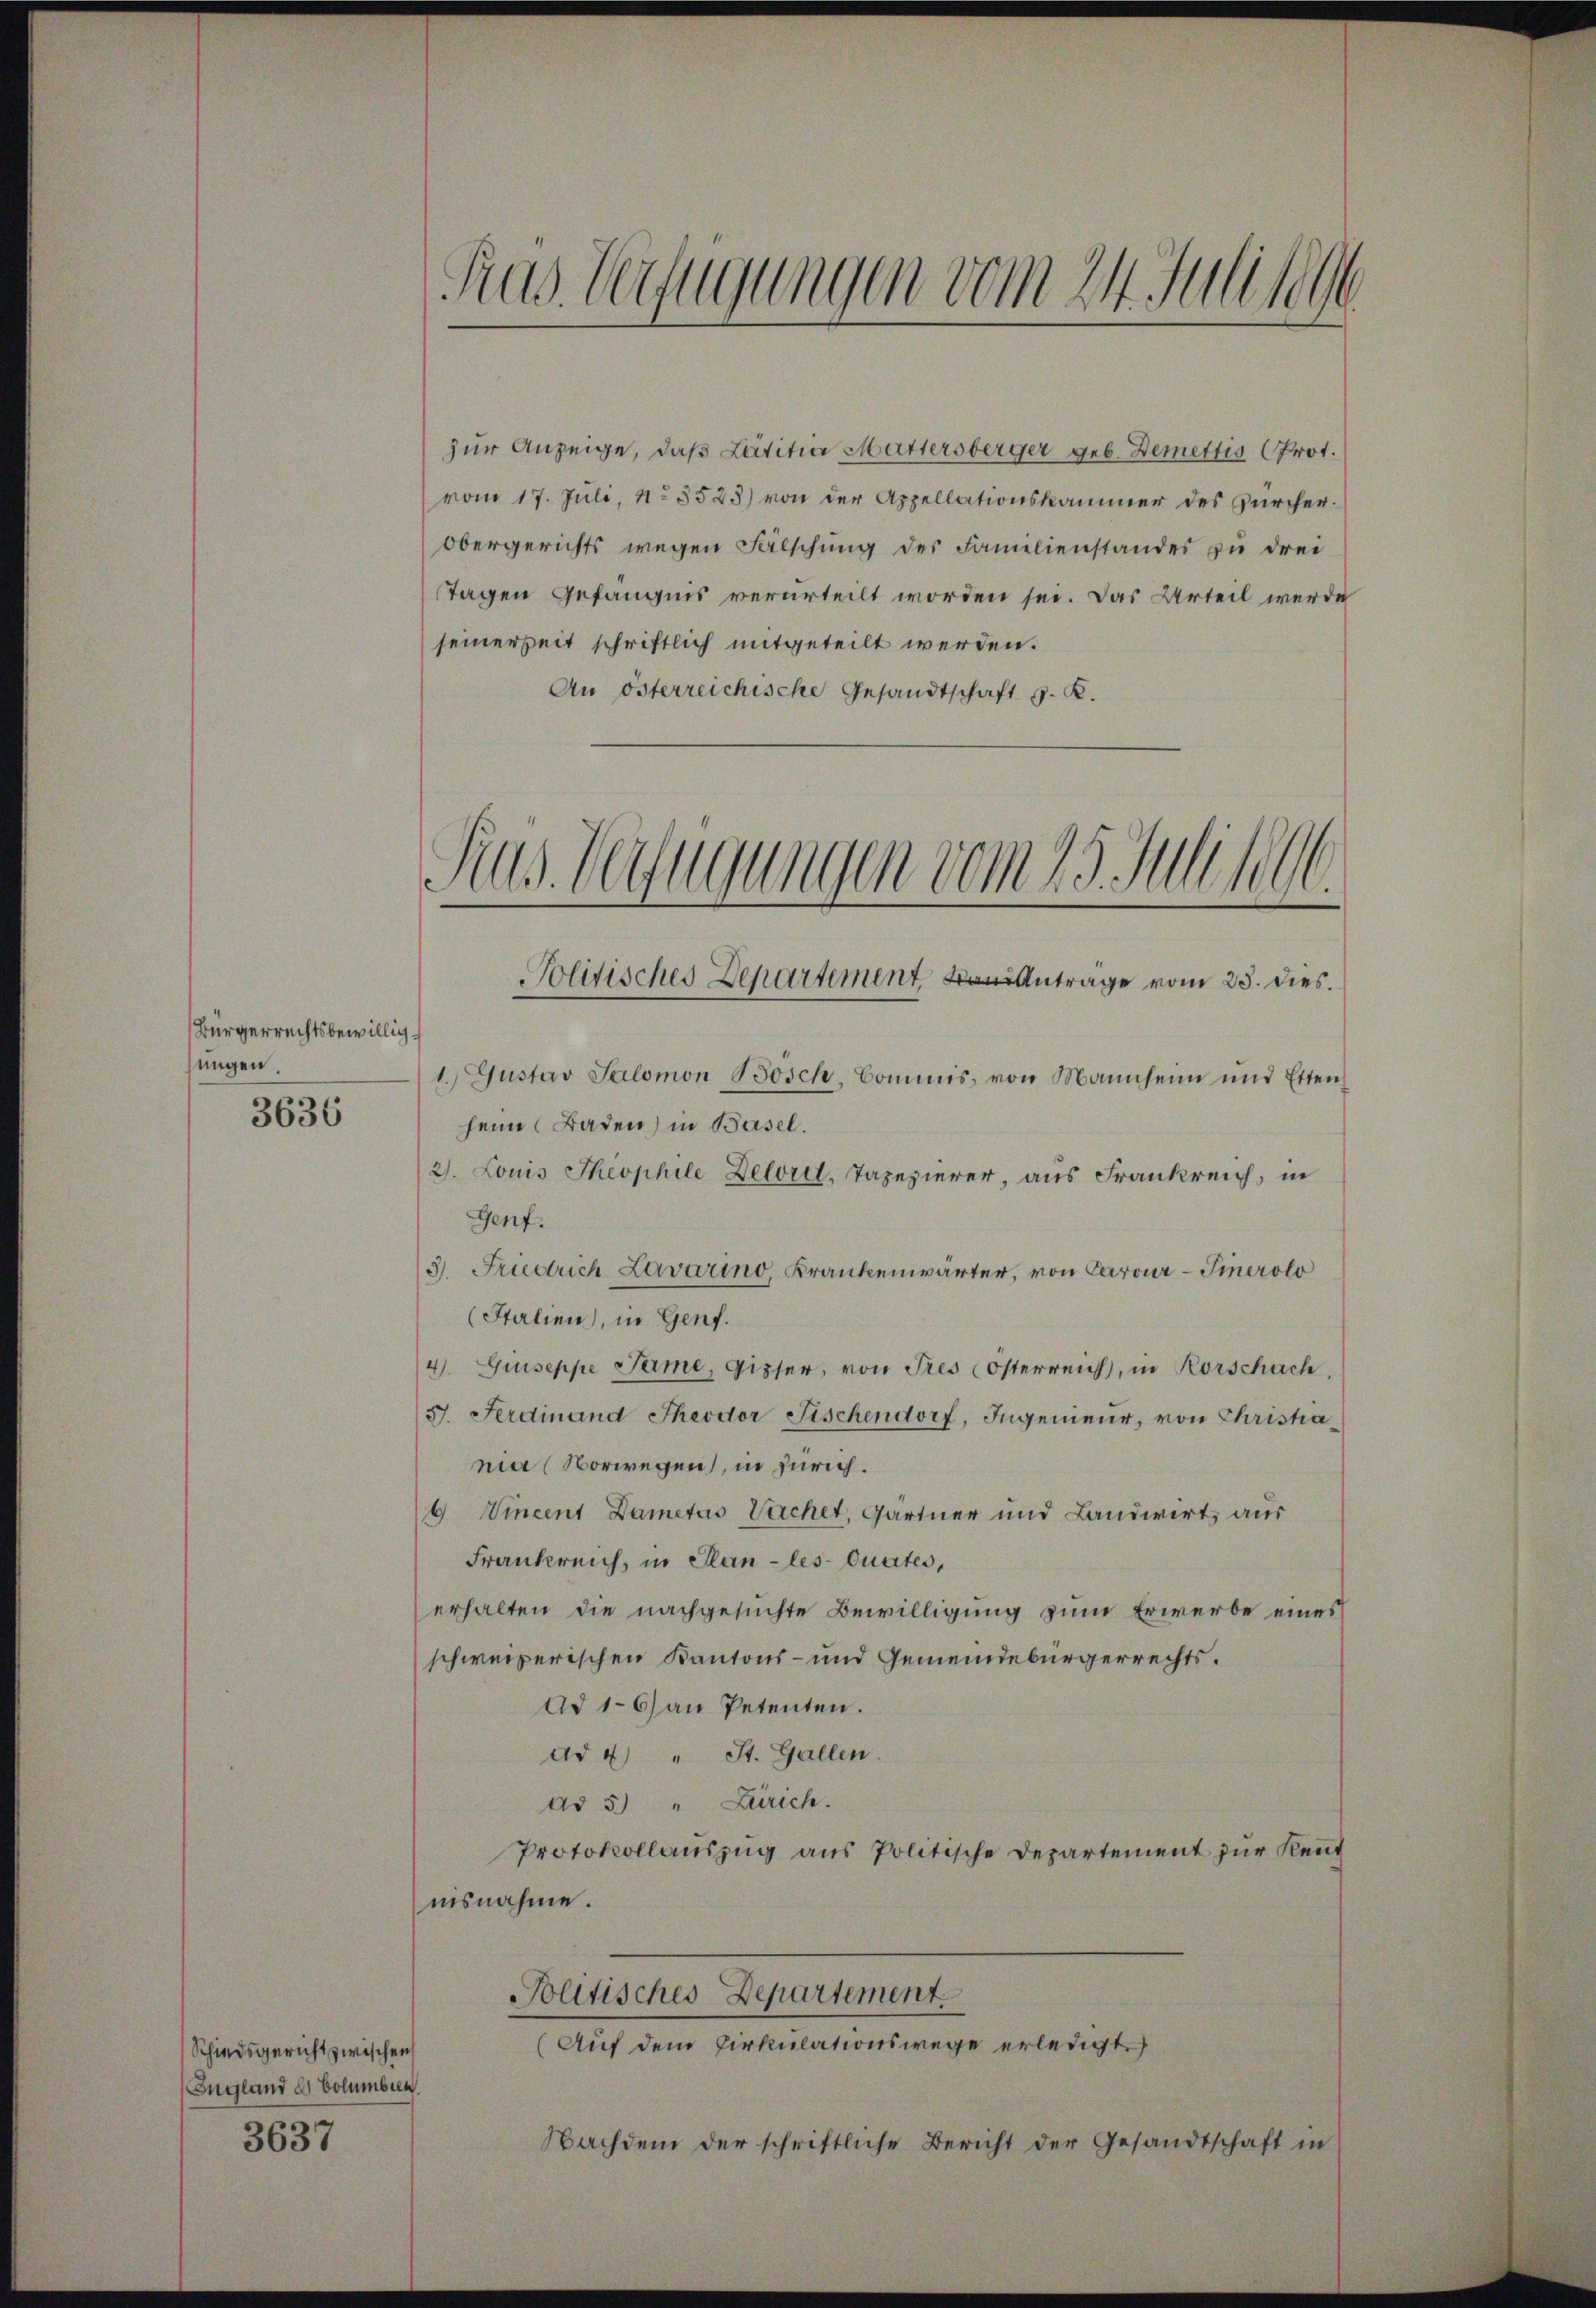
Bürgerrechtsbewillig
nügen.
3636

Schiedsgericht zwischen
England des Columben
3637

Fras. Verfügungen vom 24. Juli 1890

zur Anzeige, daß Latitia Mattersberger geb. Demettis Prot.
vom 17. Juli, 11. 8523) von der Appellationskammer des Zürcher¬
Obergerichts wegen Fälschung des Familienstandes zu drei
Tagen Gefängnis verurteilt worden sei. Das Urteil werde
seinerseit schriftlich mitgeteilt werden.
An österreichische Gesandtschaft G. K.
Politisches Departement Anträge vom 23. dies
1. Gustav Salomon Bosch, Commis, von Mannheim und Etten
heim Baden) in Basel.
2). Louis Theophile Delorel, Tapezierer, aus Frankreich, in
Genf.
3. Friedrich Lavarino, Krankenwärter, von Carour-Tinerolo
(Italien, in Genf.
4. Guiseppe Jame, Gipser, von Tres Österreich, in Rorschach,
J. Ferdinand Theodor Fischendorf, Ingenieur, von Christania (Vorwegen, in Zürich.
6 Vincent Dametas Vachet, Gärtner und Landwirt, aus
Frankreich, in Plan -les-Quates,
erhalten die nachgesuchte Bewilligung zum Erwerbe eines
schweizerischen Kantons- und Gemeindebürgerrechts¬
Ad 1-6) an Petenten.
ad 4 " St. Gallen.
ad 5.) " Zürich.
Protokollaŭszŭg aŭs Politische Departement zŭr Kennt
nisnahme.
Solitisches Departement
(Auf dem Cirkulationswege erledigt.
Nachdem der schriftliche Bericht der Gesandtschaft in

Aus. Verfügungen vom 25. Juli 1890.
S